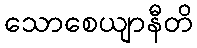
သောစေယျာနီတိ